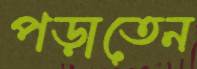
পড়াতেন